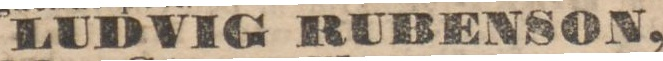
LUDVIG RUBENSON,